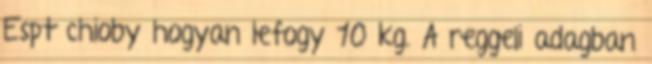
Espt chioby hogyan lefogy 10 kg. A reggeli adagban